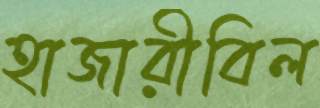
হাজারীবিল